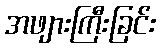
အဖျားကြီးခြင်း